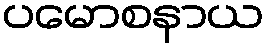
ပမောစနာယ